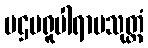
ပဌမရူပါရာမသုတ္တံ